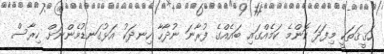
ހަޤީޤަތަކީ މިފަދަ ކޮންމެ ކަމެއްގައި ބައެއްގެ ފުރާނަ ނުދާހާ ހިނދަކު އަޅުގަނޑުމެންނަށް ހިރާސް